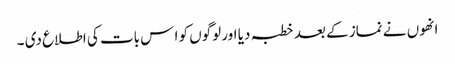
انھوں نے نماز کے بعد خطبہ دیا اور لوگوں کو ا س بات کی اطلاع دی ۔